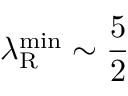
\lambda _ { \mathrm { R } } ^ { \mathrm { m i n } } \sim \frac { 5 } { 2 }